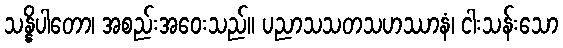
သန္နိပါတော၊ အစည်းအဝေးသည်။ ပညာသသတသဟဿာနံ၊ ငါးသန်းသော